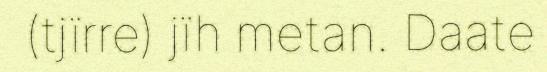
(tjïrre) jïh metan. Daate